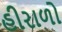
હીરાળો